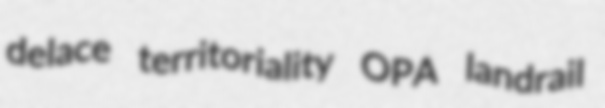
delace territoriality OPA landrail